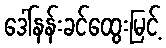
ဒေါ်နန်းခင်ထွေးမြင့်